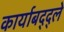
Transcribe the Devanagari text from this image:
कार्याबद्द्ले